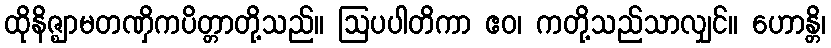
ထိုနိဇ္ဈာမတဏှိကပိတ္တာတို့သည်။ ဩပပါတိကာ ဧဝ၊ ကတို့သည်သာလျှင်။ ဟောန္တိ၊